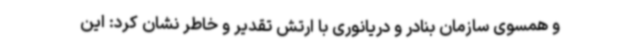
و همسوی سازمان بنادر و دریانوری با ارتش تقدیر و خاطر نشان کرد: این